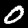
Label: 0